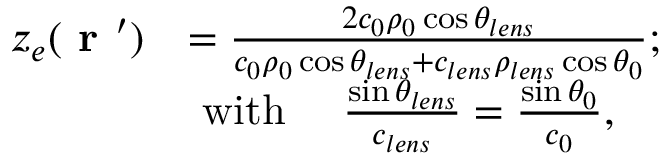
\begin{array} { r l } { z _ { e } ( \textbf { r } ^ { \prime } ) } & { = \frac { 2 c _ { 0 } \rho _ { 0 } \cos \theta _ { l e n s } } { c _ { 0 } \rho _ { 0 } \cos \theta _ { l e n s } + c _ { l e n s } \rho _ { l e n s } \cos \theta _ { 0 } } ; } \\ & { \mathrm { ~ w i t h ~ } \quad \frac { \sin \theta _ { l e n s } } { c _ { l e n s } } = \frac { \sin \theta _ { 0 } } { c _ { 0 } } , } \end{array}